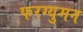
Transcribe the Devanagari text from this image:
फरग्युमन